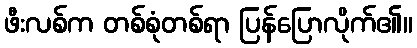
ဖီးလစ်က တစ်စုံတစ်ရာ ပြန်ပြောလိုက်၏။